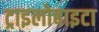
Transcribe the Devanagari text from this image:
ट्राइलोबाइटा